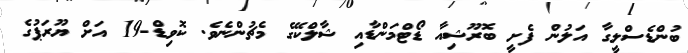
ބުންޑެސްލީގާ އަލުން ފެށީ ބޮރޫޝިއާ ޑޯޓްމަންޑާއި ޝާލްކޭގެ މެޗުންނެވެ. ކޮވިޑް-19 އަށް ޔޫރަޕުގެ